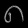
Digit: ၈